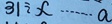
3 1 \div x \cdots a